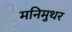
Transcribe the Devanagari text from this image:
मनिमुथर